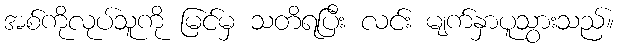
အစ်ကိုလုပ်သူကို မြင်မှ သတိရပြီး လင်း မျက်နှာပူသွားသည်။